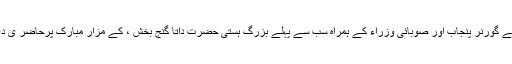
لاہور آمد کے بعد صدر مملکت نے گورنر پنجاب اور صوبائی وزراء کے ہمراہ سب سے پہلے بزرگ ہستی حضرت داتا گنج بخش ، کے مزار مبارک پرحاضر ی دی اور پھولوں کی چادر چڑھائی ۔